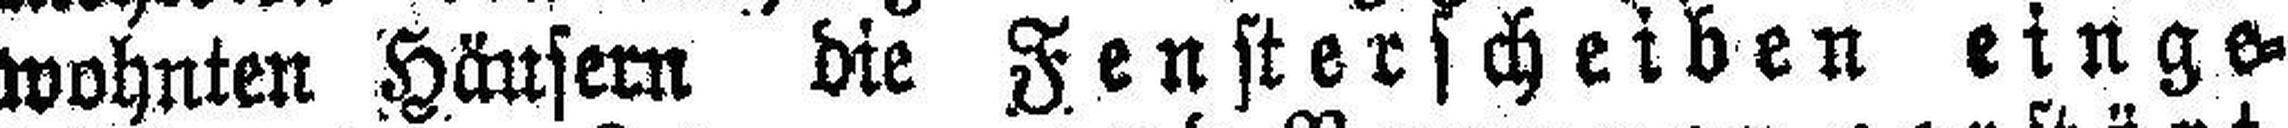
wohnten Häusern die Fensterscheiben einge¬